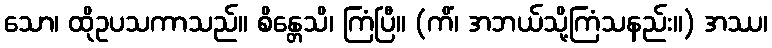
သော၊ ထိုဥပသကာသည်။ စိန္တေသိ၊ ကြံပြီ။ (ကိံ၊ အဘယ်သို့ကြံသနည်း။) အဿ၊